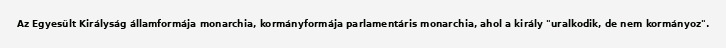
Az Egyesült Királyság államformája monarchia, kormányformája parlamentáris monarchia, ahol a király "uralkodik, de nem kormányoz".